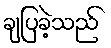
ချပြခဲ့သည်